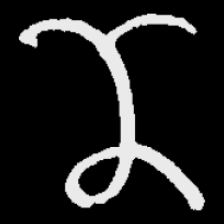
Pyu character \u2014 Myanmar letter: ဏ (romanized: nna)